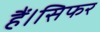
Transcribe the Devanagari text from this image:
हैं।सिफर